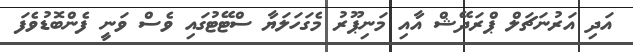
އަދި އަރުނަޗަލް ޕްރަދޭޝް އާއި މަނިޕޫރު މެގަހަލަޔާ ސްޓޭޓުގައި ވެސް ވަނީ ފެންބޮޑުވެފަ